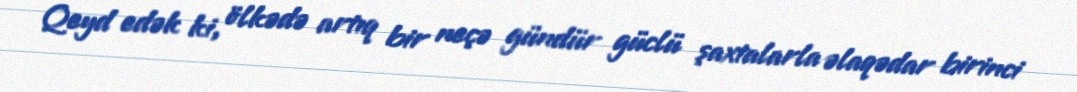
Qeyd edək ki, ölkədə artıq bir neçə gündür güclü şaxtalarla əlaqədar birinci